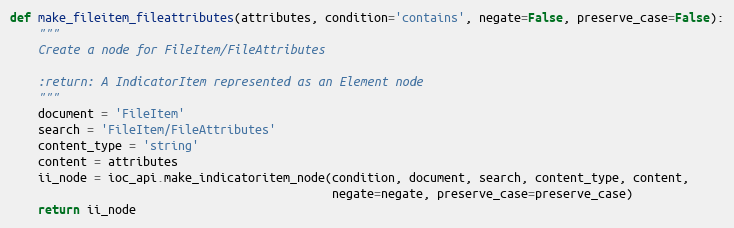
Language: Python
def make_fileitem_fileattributes(attributes, condition='contains', negate=False, preserve_case=False):
    """
    Create a node for FileItem/FileAttributes

    :return: A IndicatorItem represented as an Element node
    """
    document = 'FileItem'
    search = 'FileItem/FileAttributes'
    content_type = 'string'
    content = attributes
    ii_node = ioc_api.make_indicatoritem_node(condition, document, search, content_type, content,
                                              negate=negate, preserve_case=preserve_case)
    return ii_node